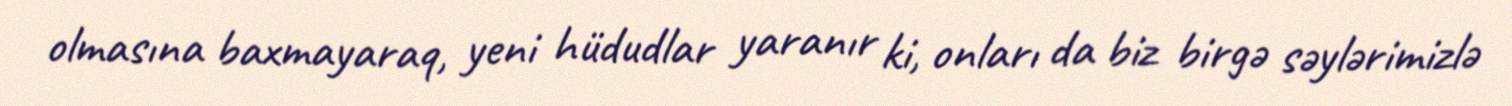
olmasına baxmayaraq, yeni hüdudlar yaranır ki, onları da biz birgə səylərimizlə